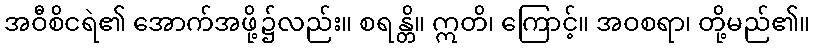
အဝီစိငရဲ၏ အောက်အဖို့၌လည်း။ စရန္တိ။ ဣတိ၊ ကြောင့်။ အဝစရာ၊ တို့မည်၏။